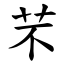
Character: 芣